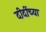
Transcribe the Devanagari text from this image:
दीदींच्या